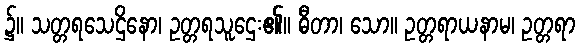
၌။ သတ္တရသေဌိနော၊ ဥတ္တရသူဌေး၏။ ဓီတာ၊ သော။ ဥတ္တရာယနာမ၊ ဥတ္တရာ